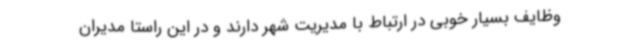
وظایف بسیار خوبی در ارتباط با مدیریت شهر دارند و در این راستا مدیران